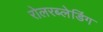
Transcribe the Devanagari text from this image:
रोलरब्लेडिंग